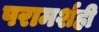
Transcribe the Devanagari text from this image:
परामर्शही